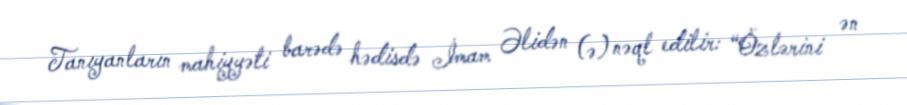
Tanıyanların mahiyyəti barədə hədisdə İmam Əlidən (ə) nəql edilir: “Özlərini ən